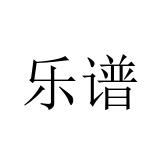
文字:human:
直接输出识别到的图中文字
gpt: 乐谱